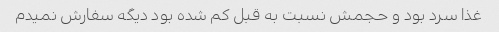
غذا سرد بود و حجمش نسبت به قبل کم شده بود دیگه سفارش نمیدم